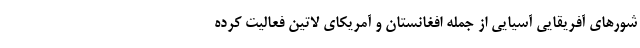
شورهای آفریقایی آسیایی از جمله افغانستان و آمریکای لاتین فعالیت کرده